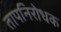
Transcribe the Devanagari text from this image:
तापनिरोधक